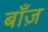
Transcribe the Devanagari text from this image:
बाँज़